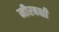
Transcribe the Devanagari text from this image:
मीरबक्षी